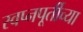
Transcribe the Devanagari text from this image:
स्वप्नपूर्तीच्या